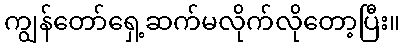
ကျွန်တော်ရှေ့ဆက်မလိုက်လိုတော့ပြီး။